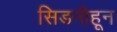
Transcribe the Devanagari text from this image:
सिडनीहून